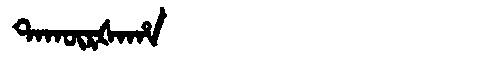
Manchu: ᡨᠠᡴᡡᡵᡧᠠᡥᠠ
Romanization: TAKŪRŠAHA